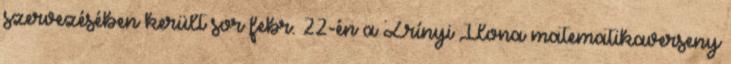
szervezésében került sor febr. 22-én a Zrínyi Ilona matematikaverseny